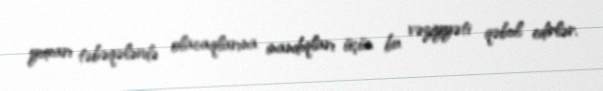
yuxarı təbəqələrdə olacaqlarına inandıqları üçün bu vəziyyəti qəbul edirlər.